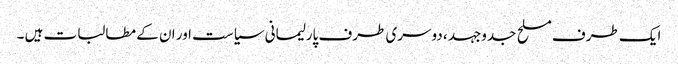
ایک طرف مسلح جدوجہد ، دوسری طرف پارلیمانی سیاست اور ان کے مطالبات ہیں ۔